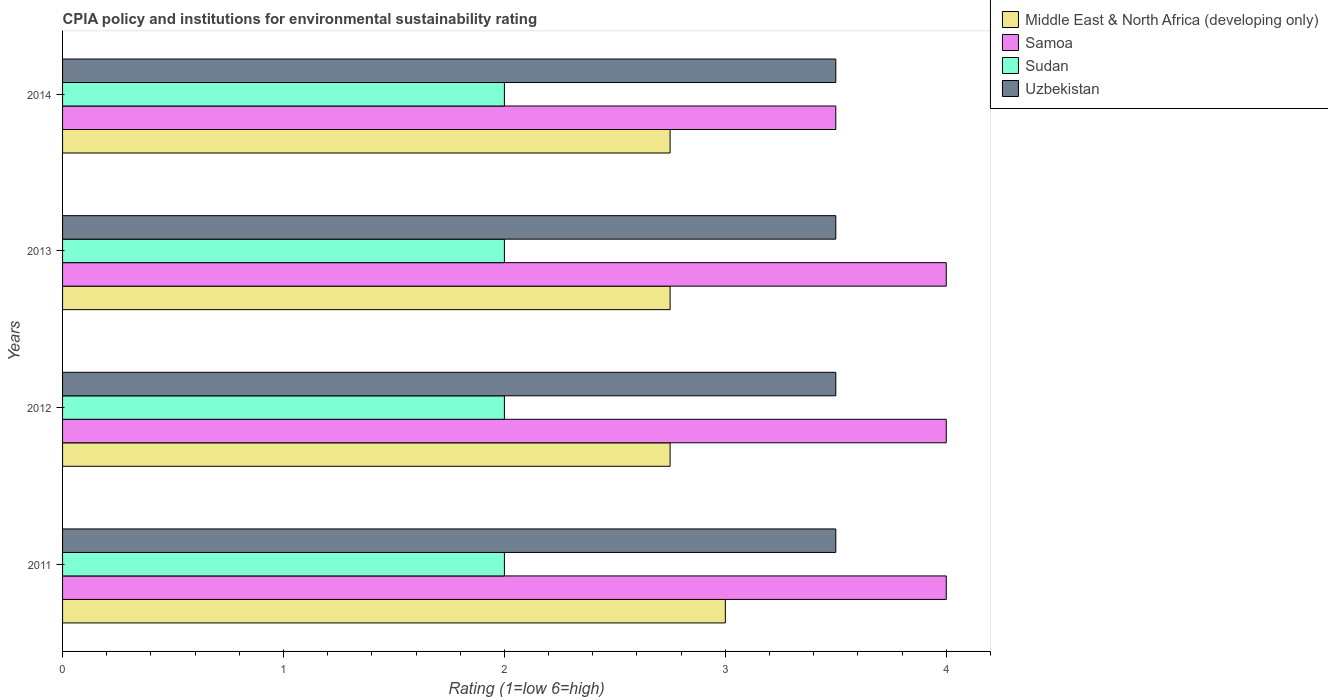
| Years | Middle East & North Africa (developing only) | Samoa | Sudan | Uzbekistan |
 | --- | --- | --- | --- | --- |
 | 2011 | 3 | 4 | 2 | 3.5 |
 | 2012 | 2.75 | 4 | 2 | 3.5 |
 | 2013 | 2.75 | 4 | 2 | 3.5 |
 | 2014 | 2.75 | 3.5 | 2 | 3.5 |